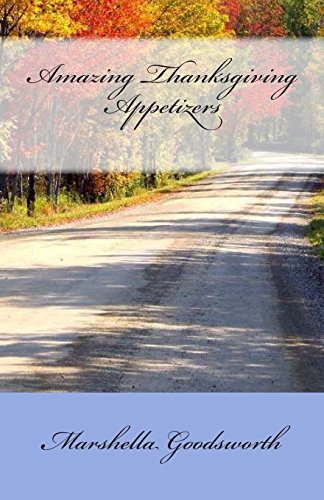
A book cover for Amazing Thanksgiving Appetizers; Marshella Goodsworth; Cookbooks, Food & Wine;